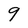
Character: 9